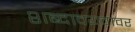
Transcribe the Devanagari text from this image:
शब्दावयवावर